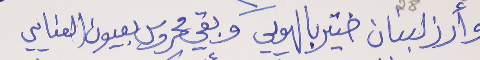
وأرز لبنان ختير بالهويي     وبقي محروس بعيون العنايي